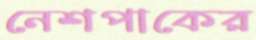
নেশপাকের